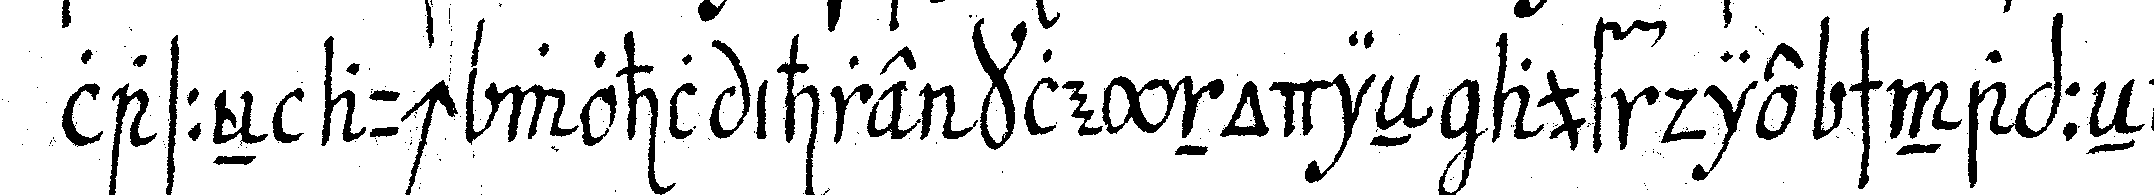
lasseN auch wohl ihre kleynodieN auf die schnappeN